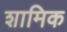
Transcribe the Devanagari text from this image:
शामिक